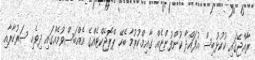
ރާއްޖޭގައި ކުކުޅުބިސް އުފައްދާ ކުންފުންޏެއް ގާއިމްކުރުމާ ބެހޭ ޕްރޮޖެކްޓެއްގެ އެއްބަސްވުމެއްގައި ދިވެހި ސަރުކާރާއި